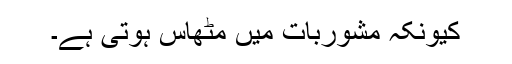
کیونکہ مشوربات میں مٹھاس ہوتی ہے۔